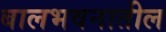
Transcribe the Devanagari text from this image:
बालभवनातील